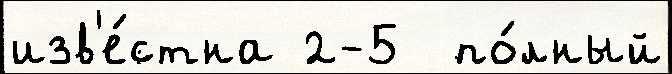
изв'е́стна 2-5  по́лный